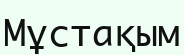
Мұстақым